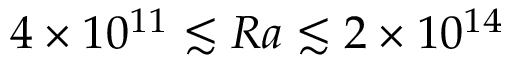
4 \times 1 0 ^ { 1 1 } \lesssim R a \lesssim 2 \times 1 0 ^ { 1 4 }